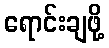
ရောင်းချဖို့